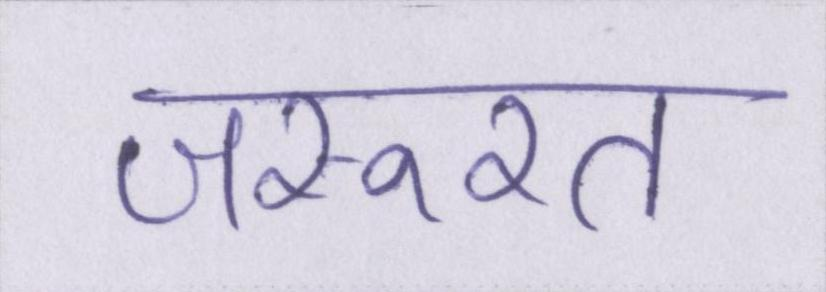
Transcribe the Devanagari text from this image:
जरूरत